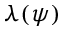
\lambda ( \psi )